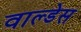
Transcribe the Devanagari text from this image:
वाल्डेस